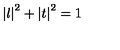
\left| l \right| ^ { 2 } + \left| t \right| ^ { 2 } = 1